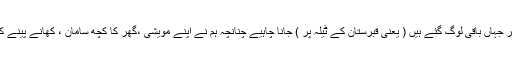
لیکن دو دن بعد ہمیں فیصلہ کرنا پڑا کہ نہیں ہمیں بھی گھر چھوڑ کر جہاں باقی لوگ گئے ہیں ( یعنی قبرستان کے ٹیلہ پر ) جانا چاہیے چنانچہ ہم نے اپنے مویشی ،گھر کا کچھ سامان ، کھانے پینے کی کچھ اشیاء ، برتن، چولہا وغیرہ لے کر قبرستان ہی جا ڈیرہ لگایا ۔